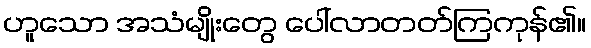
ဟူသော အသံမျိုးတွေ ပေါ်လာတတ်ကြကုန်၏။